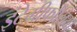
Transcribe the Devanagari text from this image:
इंटेग्रीफोलिया